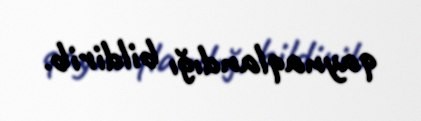
qaynaqlandığı bildirib.